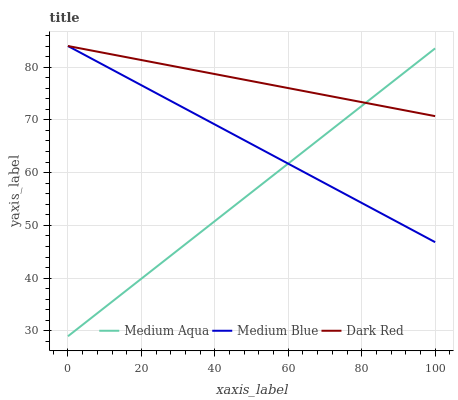
| xaxis_label | Medium Aqua | Medium Blue | Dark Red |
 | --- | --- | --- | --- |
 | 0 | 29 | 84 | 84 |
 | 9.09 | 34 | 80.6 | 82.8 |
 | 18.2 | 38.9 | 77.2 | 81.6 |
 | 27.3 | 43.9 | 73.9 | 80.4 |
 | 36.4 | 48.8 | 70.5 | 79.2 |
 | 45.5 | 53.8 | 67.1 | 78 |
 | 54.5 | 58.8 | 63.7 | 76.8 |
 | 63.6 | 63.7 | 60.3 | 75.5 |
 | 72.7 | 68.7 | 57 | 74.3 |
 | 81.8 | 73.6 | 53.6 | 73.1 |
 | 90.9 | 78.6 | 50.2 | 71.9 |
 | 100 | 83.6 | 46.8 | 70.7 |